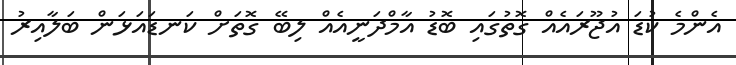
އެންމެ ކުޑަ އުޖޫރައެއް ގޮތުގައި ބޮޑު އާމްދަނީއެއް ލިބޭ ގޮތަށް ކަނޑައަޅަން ބަލާއިރު